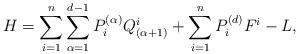
LaTeX: \begin{align*}H=\sum_{i=1}^{n}\sum^{d-1}_{\alpha=1}P^{(\alpha)}_{i}Q^{i}_{(\alpha+1)}+\sum_{i=1}^{n}P^{(d)}_{i}F^{i}-L,\end{align*}